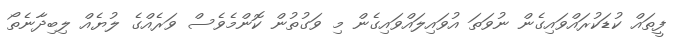
ފީތައް ކުޑަކުރައްވައިގެން ނުވަތަ އުވައިލައްވައިގެން މި ވަގުތުން ކޮންމެވެސް ވަރެއްގެ ލުޔެއް ލިބިދާނެތޯ